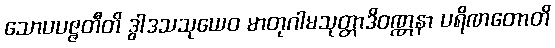
သောပပဇ္ဇတီတိ ဒွါဒသသုယေဝ မာတုဂါမသုတ္တာဒိဝဏ္ဏနာ ပရိဏတောတိ